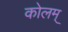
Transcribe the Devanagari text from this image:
कोलम्